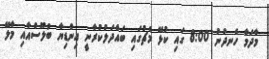
މާދަމާ ހެނދުނު 8:00 ގައި ކުޅޭ މެޗުގައި ބައްދަލުކުރާނީ އިންޑިޔާ ބުލޫސްއާއި މާލޭ